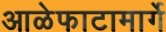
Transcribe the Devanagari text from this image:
आळेफाटामार्गे